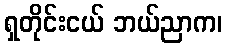
ရှတိုင်းငယ် ဘယ်ညာက၊